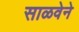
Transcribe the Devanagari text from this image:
साळवेने